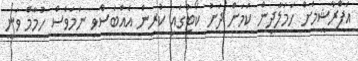
އަފްރާޝީމަށް ހަމަލާދިން ކަމަށް ދަށު ކޯޓުގައި ކުރިން އެއްބަސްވި ނަމަވެސް ހުމާމް ވަނީ